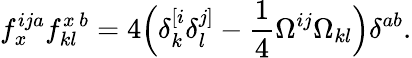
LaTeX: f_{x}^{ija}f_{kl}^{x\, b}=4\Big(\delta_{k}^{[i}\delta_{l}^{j]}-\frac{1}{4}\Omega^{ij}\Omega_{kl}\Big)\delta^{ab}.